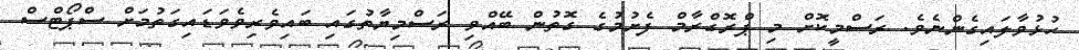
ހުޅުވާލައިގެންނެވެ. ރަސްމީކޮށް މި ޕްރޮގްރާމް ފެށުމުގެ ގޮތުން ބޭއްވި ރަސްމިޔާތުގައި ބައިވެރިވެވަޑައިގަތުމަށް ސްޕޯޓްސް